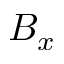
B _ { x }